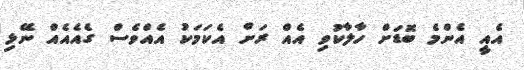
އެއީ އެންމެ ބޮޑަށް ހާލާކުވި އެއް ރަށް އެކަމަކު އެއްވެސް ގެއެއެއް ނޭޅި